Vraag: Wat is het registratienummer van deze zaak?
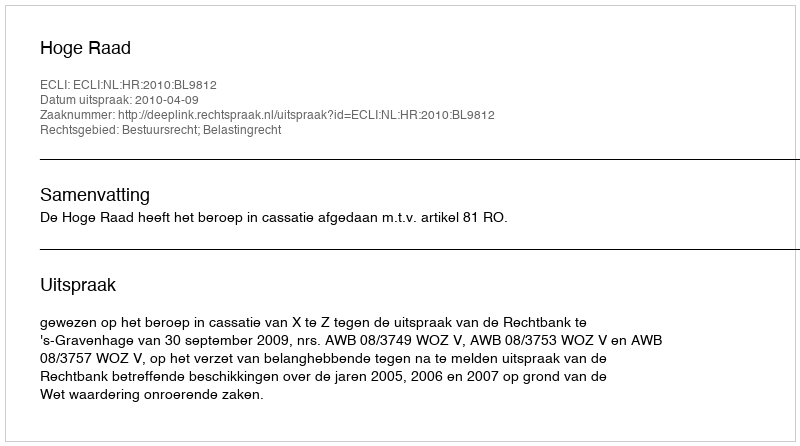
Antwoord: http://deeplink.rechtspraak.nl/uitspraak?id=ECLI:NL:HR:2010:BL9812